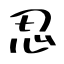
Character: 忍